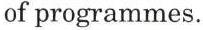
of programmes.